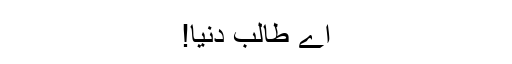
اے طالبِ دنیا!